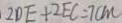
2 D E + 2 E C = 7 c m